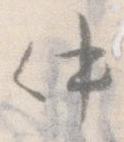
件